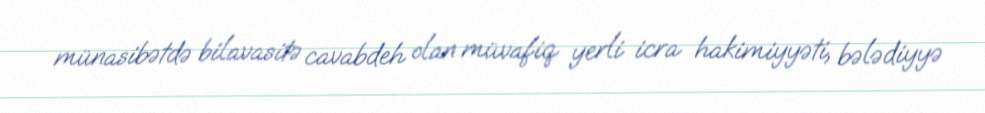
münasibətdə bilavasitə cavabdeh olan müvafiq yerli icra hakimiyyəti, bələdiyyə